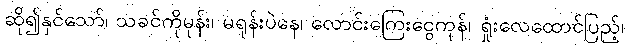
ဆို၍နှင်သော်၊ သခင်ကိုမုန်း၊ မရုန်းပဲနေ၊ လောင်းကြေးငွေကုန်၊ ရှုံးလေထောင်ပြည့်၊